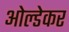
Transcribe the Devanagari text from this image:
ओल्डेकर